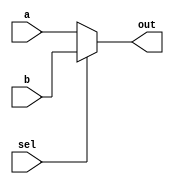
module two2one_mux_12bit(a, b, sel, out);

    input [11:0] a, b;
    input sel;
    output [11:0] out;
    
    assign out = sel ? b : a;

endmodule